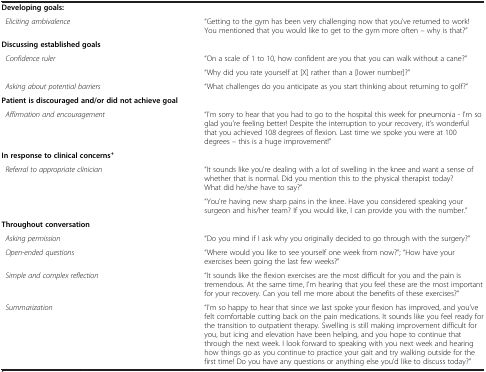
|  |  |
 | --- | --- |
 | Developing goals: |  |
 | Eliciting ambivalence | “Getting to the gym has been very challenging now that you've returned to work! You mentioned that you would like to get to the gym more often – why is that?” |
 | Discussing established goals |  |
 | Confidence ruler | “On a scale of 1 to 10, how confident are you that you can walk without a cane?” |
 |  | “Why did you rate yourself at [X] rather than a [lower number]?” |
 | Asking about potential barriers | “What challenges do you anticipate as you start thinking about returning to golf?” |
 | Patient is discouraged and/or did not achieve goal |  |
 | Affirmation and encouragement | “I'm sorry to hear that you had to go to the hospital this week for pneumonia - I'm so glad you're feeling better! Despite the interruption to your recovery, it's wonderful that you achieved 108 degrees of flexion. Last time we spoke you were at 100 degrees – this is a huge improvement!” |
 | In response to clinical concerns+ |  |
 | Referral to appropriate clinician | “It sounds like you're dealing with a lot of swelling in the knee and want a sense of whether that is normal. Did you mention this to the physical therapist today? What did he/she have to say?” |
 |  | “You're having new sharp pains in the knee. Have you considered speaking your surgeon and his/her team? If you would like, I can provide you with the number.” |
 | Throughout conversation |  |
 | Asking permission | “Do you mind if I ask why you originally decided to go through with the surgery?” |
 | Open-ended questions | “Where would you like to see yourself one week from now?”; “How have your exercises been going the last few weeks?” |
 | Simple and complex reflection | “It sounds like the flexion exercises are the most difficult for you and the pain is tremendous. At the same time, I'm hearing that you feel these are the most important for your recovery. Can you tell me more about the benefits of these exercises?” |
 | Summarization | “I'm so happy to hear that since we last spoke your flexion has improved, and you've felt comfortable cutting back on the pain medications. It sounds like you feel ready for the transition to outpatient therapy. Swelling is still making improvement difficult for you, but icing and elevation have been helping, and you hope to continue that through the next week. I look forward to speaking with you next week and hearing how things go as you continue to practice your gait and try walking outside for the first time! Do you have any questions or anything else you'd like to discuss today?” |